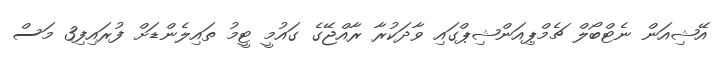
އޭޝިއަން ނެޓްބޯލް ޗެމްޕިއަންޝިޕްގައި ވާދަކުރާ ރާއްޖޭގެ ގައުމީ ޓީމު ތައިލެންޑަށް ފުރައިފި3 މަސް